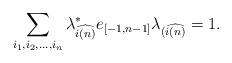
LaTeX: \begin{align*} \sum_{i_1,i_2,...,i_n}{\lambda}^*_{\widehat{i(n)}}e_{[-1, n-1]} {\lambda_{(\widehat{i(n)}}} = 1.\end{align*}